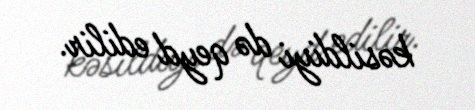
kəsildiyi də qeyd edilir.